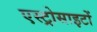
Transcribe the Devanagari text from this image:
एस्ट्रोसाइटों